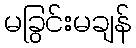
မခြွင်းမချန်